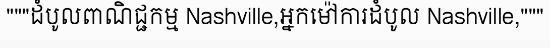
"""ដំបូលពាណិជ្ជកម្ម Nashville,អ្នកម៉ៅការដំបូល Nashville,"""